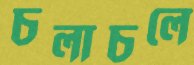
চলাচলে